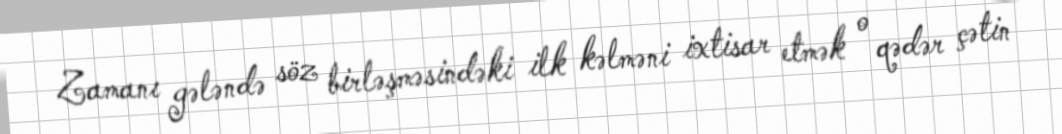
Zamanı gələndə söz birləşməsindəki ilk kəlməni ixtisar etmək o qədər çətin